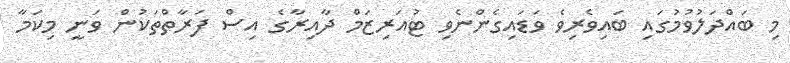
މި ބައްދަލުވުމުގައި ބައިވެރިވެ ވަޑައިގެންނެވި ޓުއަރިޒަމް ދާއިރާގެ އިސް ފަރާތްތަކުން ވަނީ މިކަމާ